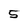
Character: 5